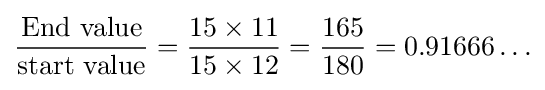
{\frac {\text{End value}}{\text{start value}}}={\frac {15\times 11}{15\times 12}}={\frac {165}{180}}=0.91666\ldots